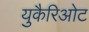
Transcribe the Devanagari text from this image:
युकैरिओट